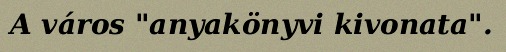
A város "anyakönyvi kivonata".